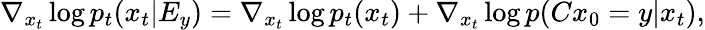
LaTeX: \nabla_{x_{t}}\log{p_{t}(x_{t}|E_{y})}=\nabla_{x_{t}}\log{p_{t}(x_{t})}+\nabla_{x_{t}}\log{p(Cx_{0}=y|x_{t})},